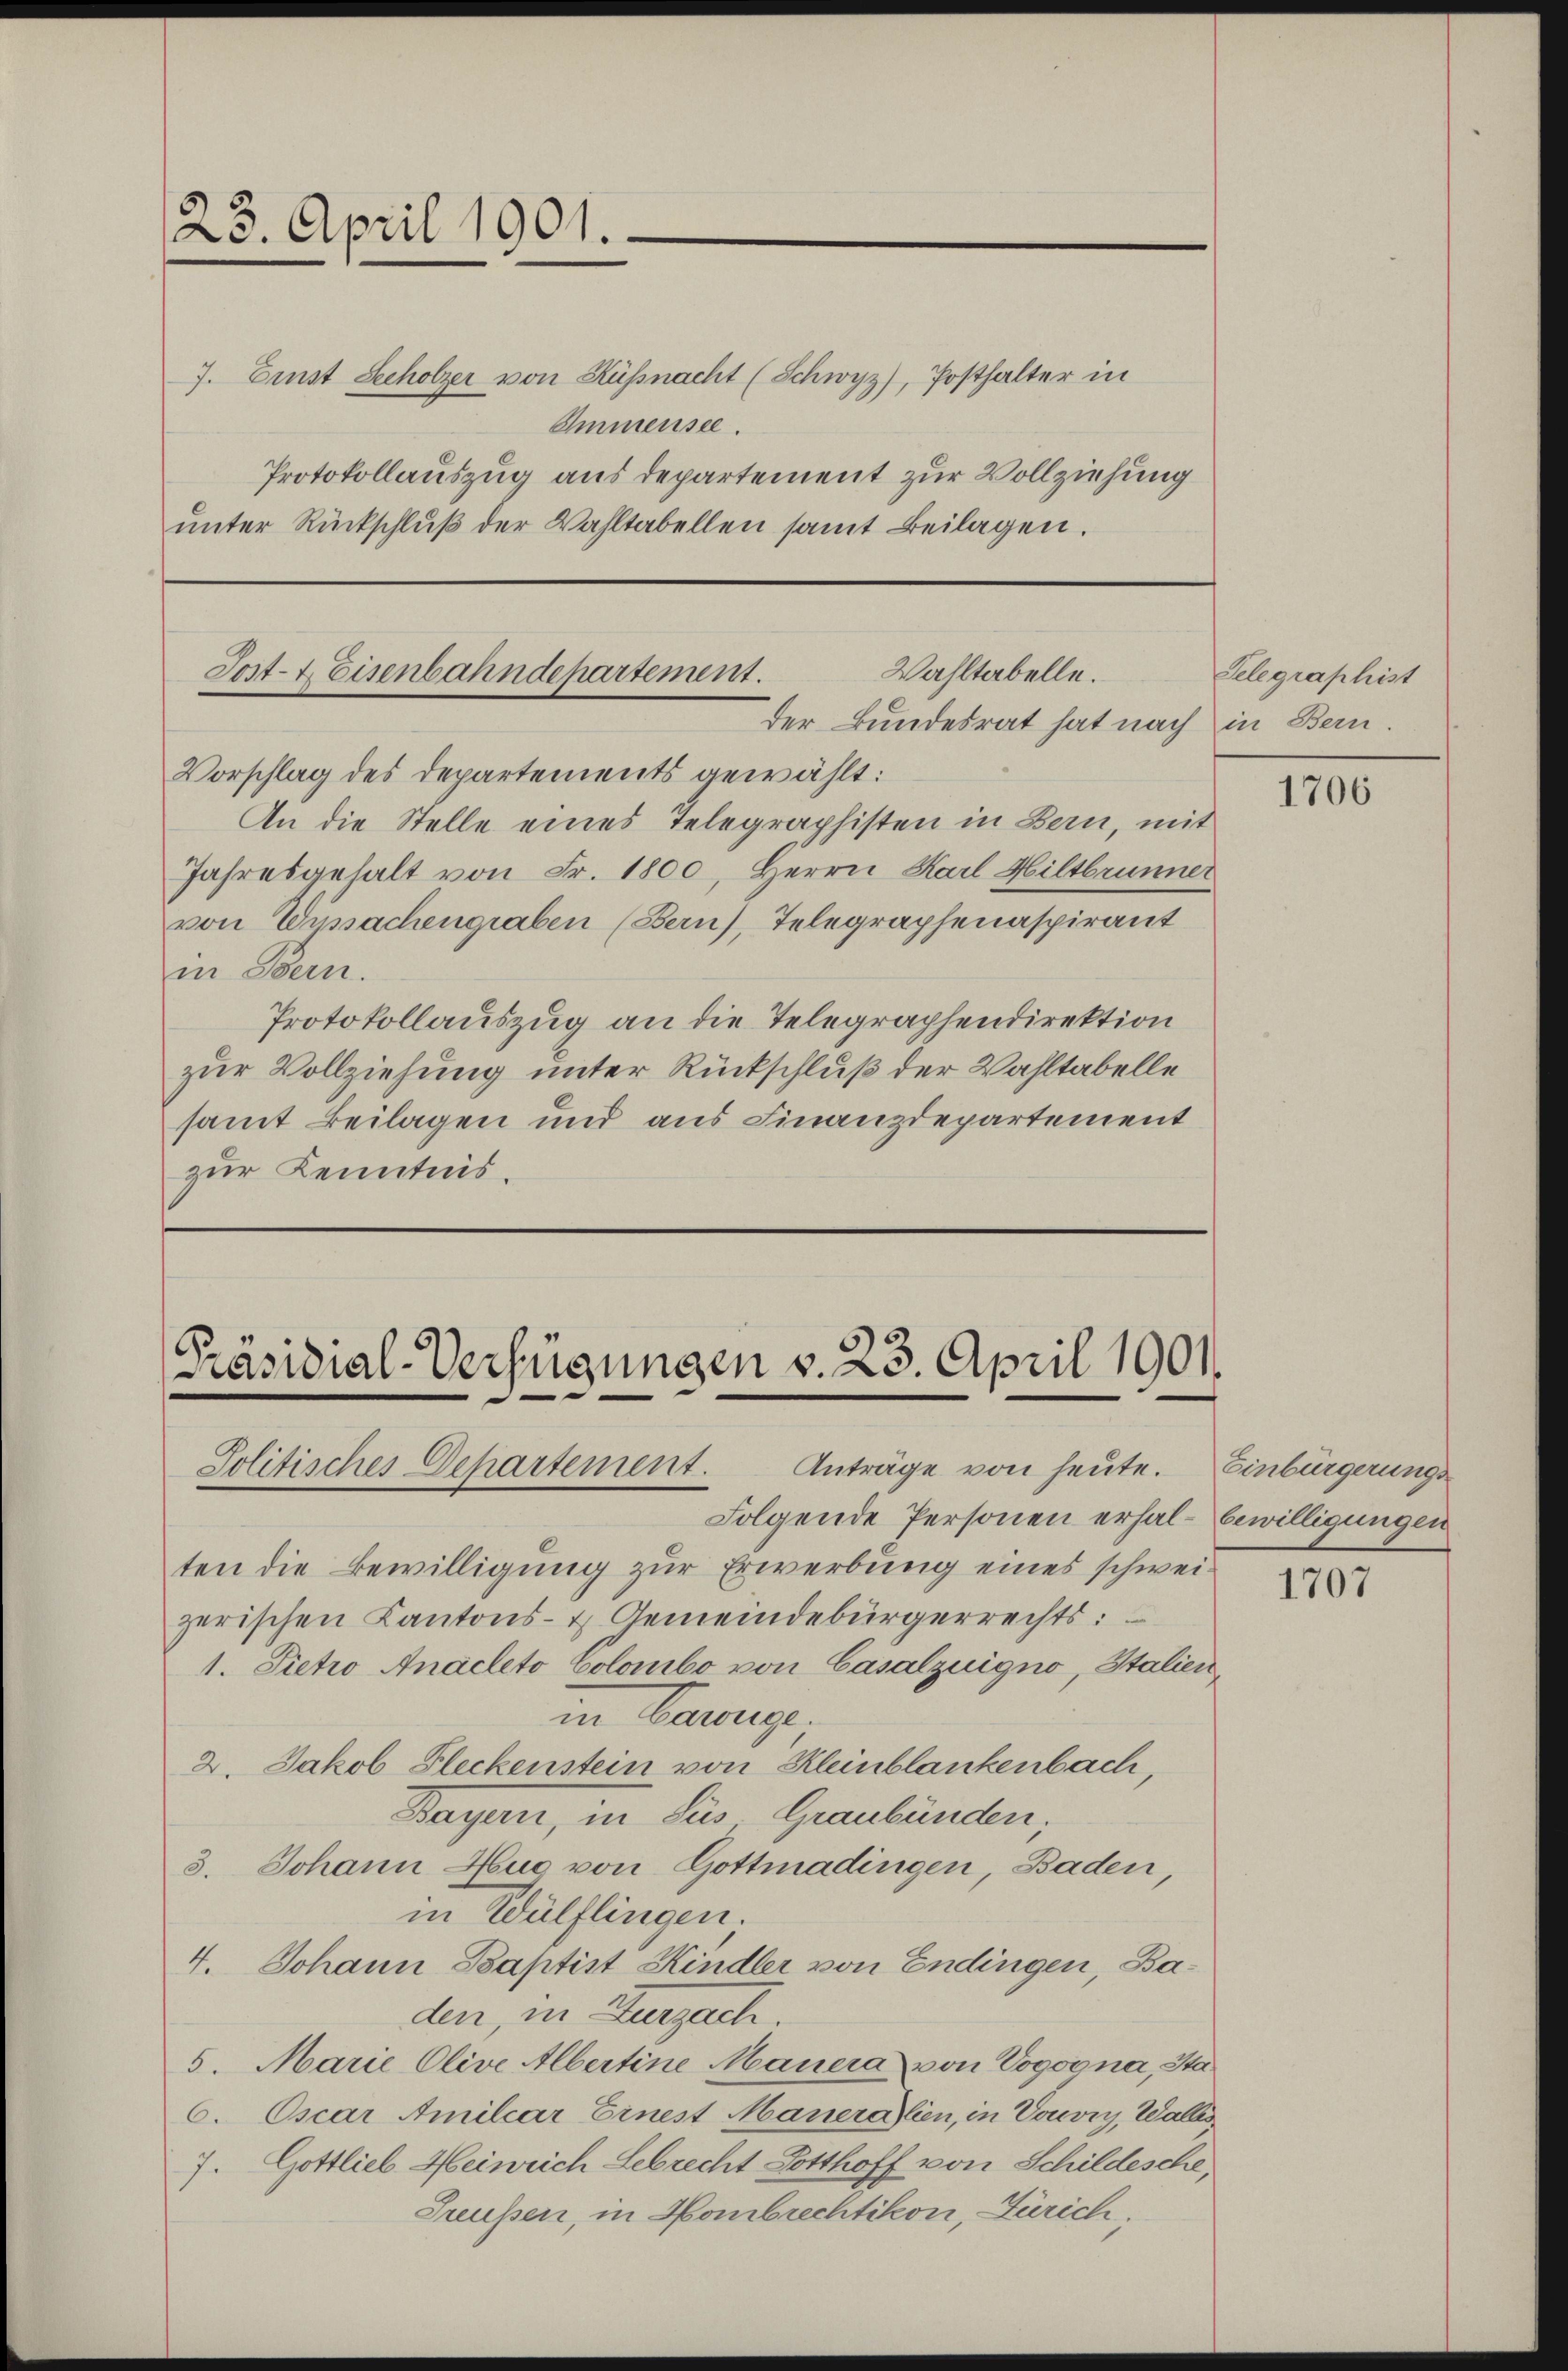
23. April 1901.

7. Einst Scholzer von Küssnacht (Schwyz), Posthalter in
Immensee.
Protokollauszug aus departement zur Vollziehung
ŭnter Rückschlŭβ der Wahltabellen samt Beilagen.

Wahltabelle.
Tost- & Eisenbahndepartement.
der Bundesrat hat nach in Bern

Vorschlag des Departements gewählt:
An die Stelle eines Telegraphisten in Bern, mit
Jahresgehalt von Fr. 1800, Herrn Karl Hiltbrunner
von Wyssachengraben (Bern), Telegraphenaspirant
in Bern.
Protokollauszug an die Telegraphendirektion
zur Vollziehung unter Rückschluß der Wahltabelle
samt Beilagen und aus Finanzdepartement
zur Kenntnis.

[Präsidial-Verfügungen v. 23. April 1901.
Politisches Departement. Anträge von heute. Einbürgerungs

Telegraphist

Folgende Personen erhalbewilligungen
ten die Bewilligung zur Erwerbung eines schweizerischen Kantons- & Gemeindebürgerrechts:
1. Sietro Anacleto Colombo von Casalzuigno, Italien,
in Beurig.
2. Jakob Fleckenstein von Kleinblankenbach,
Wagen, in dies Graubünden;
3. Johann Hug von Gottmadingen, Baden,
in Wülflingen.
4. Johann Baptist Kindler von Endingen, Baden, in Zurzach.
5. Marie Olive Albertine Mauera von Vogogna, Sta
6. Oscar Amiliar Einest Maueralien, in Vouvry, Walles
7. Gottlieb Heinrich Lebrecht Gotthoff von Schildesche,
Treußen, in Hombrechtikon, Zürich,

1706

1707